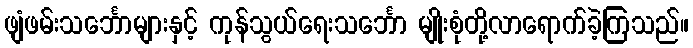
ဖျံဖမ်းသင်္ဘောများနှင့် ကုန်သွယ်ရေးသင်္ဘော မျိုးစုံတို့လာရောက်ခဲ့ကြသည်။